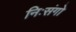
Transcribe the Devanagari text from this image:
निःसंगो